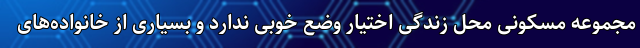
مجموعه مسکونی محل زندگی اختیار وضع خوبی ندارد و بسیاری از خانواده‌های